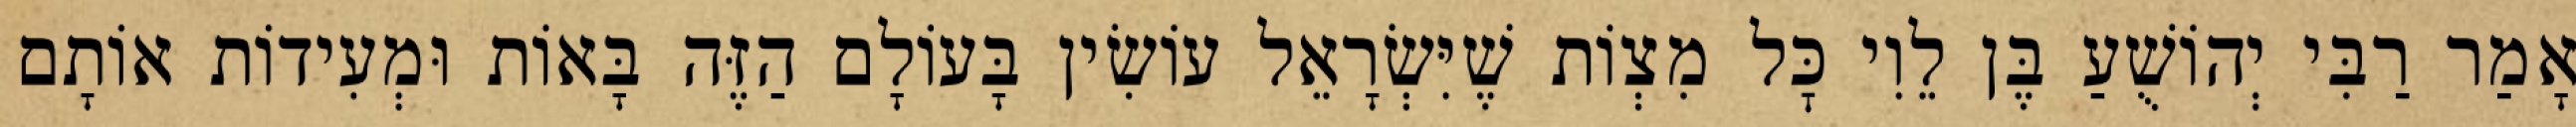
אָמַר רַבִּי יְהוֹשֻׁעַ בֶּן לֵוִי כׇּל מִצְוֹת שֶׁיִּשְׂרָאֵל עוֹשִׂין בָּעוֹלָם הַזֶּה בָּאוֹת וּמְעִידוֹת אוֹתָם